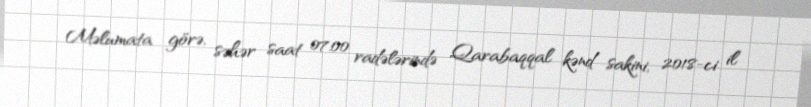
Məlumata görə, səhər saat 07:00 radələrində Qarabaqqal kənd sakini, 2018-ci il